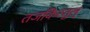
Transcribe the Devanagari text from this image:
तजकिरतुल्